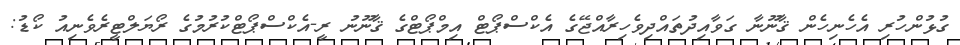
ގުޅުންހުރި އެހެނިހެން ޤާނޫނާ ގަވާއިދުތައްދިވެހިރާއްޖޭގެ އެކްސްޕޯޓް އިމްޕޯޓްގެ ޤާނޫނު ރީ-އެކްސްޕޯޓްކުރުމުގެ ރޯޔަލްޓީރެވެނިއު ކޯޑު: